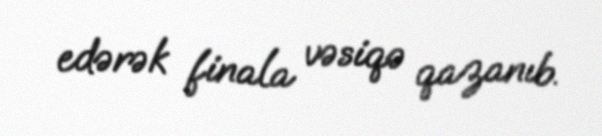
edərək finala vəsiqə qazanıb.